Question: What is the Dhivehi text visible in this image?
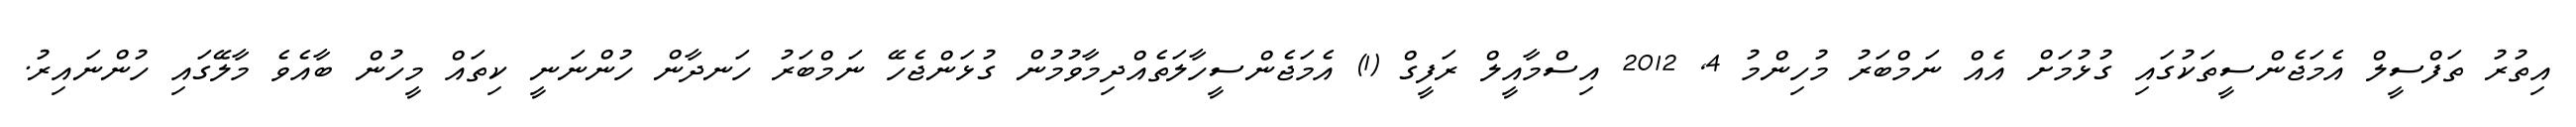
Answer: އިތުރު ތަފްސީލް އެމަޖެންސީތަކުގައި ގުޅުމަށް އެއް ނަމްބަރު މުހިންމު 4, 2012 އިސްމާއީލް ރަފީގް (1) އެމަޖެންސީހާލަތެއްދިމާވުމުން ގުޅަންޖެހޭ ނަމްބަރު ހަނދާން ހުންނަނީ ކިތައް މީހުން ބާއެވެ މާލޭގައި ހުންނައިރު.